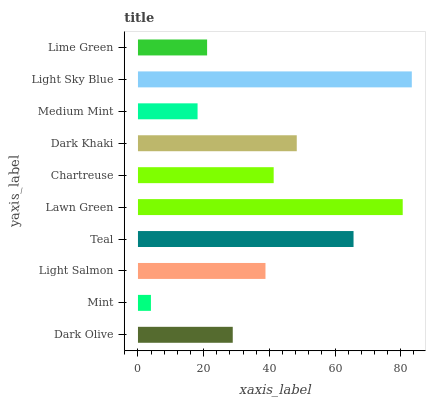
| yaxis_label | bars |
 | --- | --- |
 | Dark Olive | 28.9 |
 | Mint | 3.95 |
 | Light Salmon | 38.8 |
 | Teal | 65.6 |
 | Lawn Green | 80.6 |
 | Chartreuse | 41.3 |
 | Dark Khaki | 48.3 |
 | Medium Mint | 18.1 |
 | Light Sky Blue | 83.4 |
 | Lime Green | 21 |